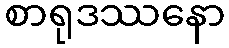
စာရုဒဿနော